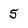
Character: 5